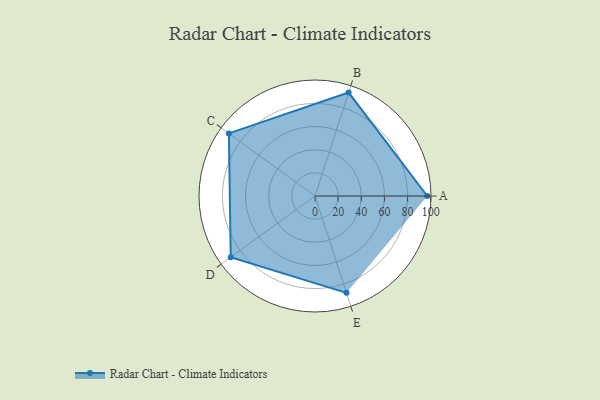
{"axis": {"x": "Skill", "y": "Score"}, "legend": ["Profile"], "data": [{"x": "A", "y": 97.0, "type": "Profile"}, {"x": "B", "y": 94.0, "type": "Profile"}, {"x": "C", "y": 92.0, "type": "Profile"}, {"x": "D", "y": 90.0, "type": "Profile"}, {"x": "E", "y": 88.0, "type": "Profile"}]}